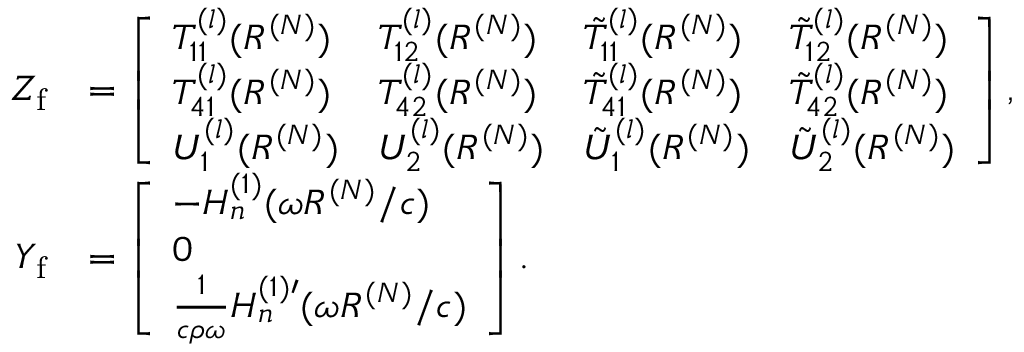
\begin{array} { r l } { Z _ { \mathrm { f } } } & { = \left[ \begin{array} { l l l l } { T _ { 1 1 } ^ { ( l ) } ( R ^ { ( N ) } ) } & { T _ { 1 2 } ^ { ( l ) } ( R ^ { ( N ) } ) } & { \tilde { T } _ { 1 1 } ^ { ( l ) } ( R ^ { ( N ) } ) } & { \tilde { T } _ { 1 2 } ^ { ( l ) } ( R ^ { ( N ) } ) } \\ { T _ { 4 1 } ^ { ( l ) } ( R ^ { ( N ) } ) } & { T _ { 4 2 } ^ { ( l ) } ( R ^ { ( N ) } ) } & { \tilde { T } _ { 4 1 } ^ { ( l ) } ( R ^ { ( N ) } ) } & { \tilde { T } _ { 4 2 } ^ { ( l ) } ( R ^ { ( N ) } ) } \\ { U _ { 1 } ^ { ( l ) } ( R ^ { ( N ) } ) } & { U _ { 2 } ^ { ( l ) } ( R ^ { ( N ) } ) } & { \tilde { U } _ { 1 } ^ { ( l ) } ( R ^ { ( N ) } ) } & { \tilde { U } _ { 2 } ^ { ( l ) } ( R ^ { ( N ) } ) } \end{array} \right] , } \\ { Y _ { \mathrm { f } } } & { = \left[ \begin{array} { l } { - H _ { n } ^ { ( 1 ) } ( \omega R ^ { ( N ) } / c ) } \\ { 0 } \\ { \frac { 1 } { c \rho \omega } H _ { n } ^ { ( 1 ) \prime } ( \omega R ^ { ( N ) } / c ) } \end{array} \right] . } \end{array}